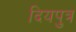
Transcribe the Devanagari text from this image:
दियपुत्र